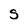
Character: S